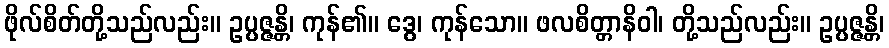
ဖိုလ်စိတ်တို့သည်လည်း။ ဥပ္ပဇ္ဇန္တိ၊ ကုန်၏။ ဒွေ၊ ကုန်သော။ ဖလစိတ္တာနိဝါ၊ တို့သည်လည်း။ ဥပ္ပဇ္ဇန္တိ၊